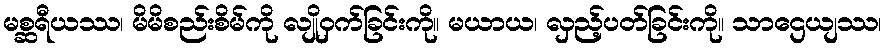
မစ္ဆရီယဿ၊ မိမိစည်းစိမ်ကို လျိုဝှက်ခြင်းကို။ မယာယ၊ လှည့်ပတ်ခြင်းကို။ သာဌေယျဿ၊